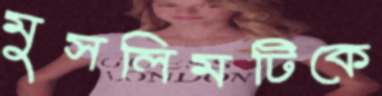
মুসলিমটিকে